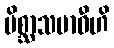
မိစ္ဆာသမာဓီဟိ